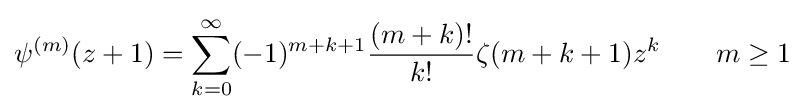
\psi ^{(m)}(z+1)=\sum _{k=0}^{\infty }(-1)^{m+k+1}{\frac {(m+k)!}{k!}}\zeta (m+k+1)z^{k}\qquad m\geq 1